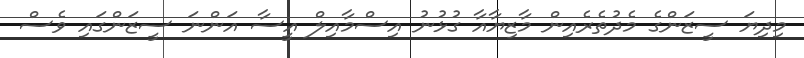
މިދިޔަ ސީޒަންގެ މެދުތެރެއިން މާޒިޔާއާ ގުޅުނު އިސްމާއިލް އީސާ އަންނަ ސީޒަންގައި ވެސް